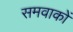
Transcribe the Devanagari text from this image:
समवाकों